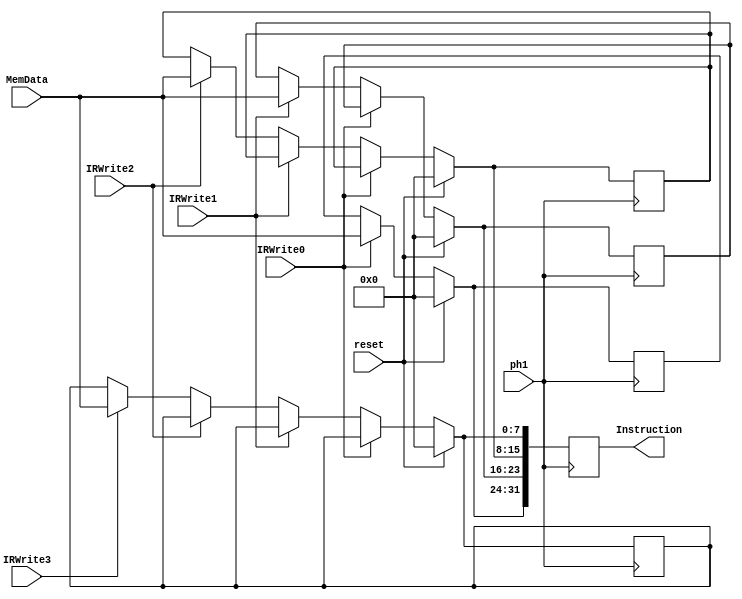
module Instruction_register (
    input           ph1, reset,

    input   [7:0]   MemData,

    input	    IRWrite0, IRWrite1, IRWrite2, IRWrite3,

    output 	reg    	[31:0]  Instruction
);

    reg     [7:0]   data0, data1, data2, data3;

    always @(posedge ph1) begin
        if (reset) begin
            data0 = 8'b00000000;
            data1 = 8'b00000000;
            data2 = 8'b00000000;
            data3 = 8'b00000000;
        end else begin
		if (IRWrite0) begin
			data0 = MemData;
		end else if (IRWrite1) begin
			data1 = MemData;
		end else if (IRWrite2) begin
			data2 = MemData;
		end else if (IRWrite3) begin
			data3 = MemData;
		end
        end

	Instruction <= {data0,data1,data2,data3};

    end
	

endmodule